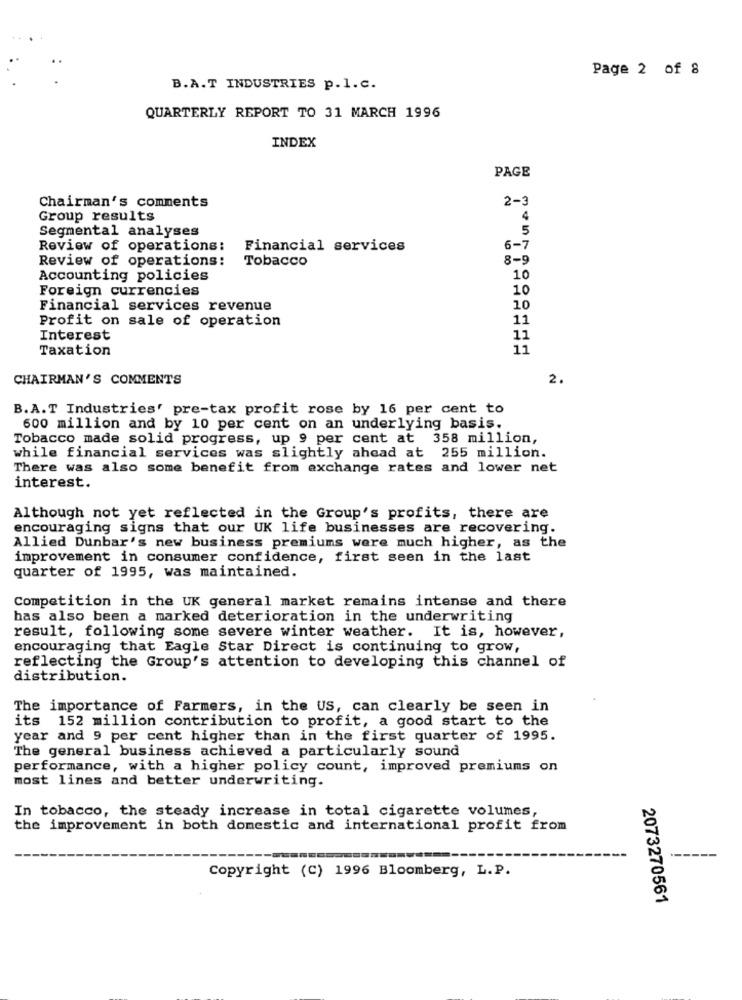
Page 2 of 8
B.A.T INDUSTRIES p.l.c.
QUARTERLY REPORT TO 31 MARCH 1996
INDEX
PAGE
2-3
Chairman's comments
Group results
4
Segmental analyses
5
Review of operations:
Financial services
6-7
Review of operations:
Tobacco
8-5
Accounting policies
10
Foreign currencies
10
Financial services revenue
10
Profit on sale of operation
11
Interest
11
Taxation
11
CHAIRMAN'S COMMENTS
2.
B.A.T Industries' pre-tax profit rose by 16 per cent to
600 million and by 10 per cent on an underlying basis.
Tobacco made solid progress, up 9 per cent at 358 million,
while financial services was slightly ahead at 255 million.
There was also some benefit from exchange rates and lower net
interest.
Although not yet reflected in the Group's profits, there are
encouraging signs that our UK life businesses are recovering.
Allied Dunbar's new business premiums were much higher, as the
improvement in consumer confidence, first seen in the last
quarter of 1995, was maintained.
Competition in the UK general market remains intense and there
has also been a marked deterioration in the underwriting
result, following some severe winter weather. It is, however,
encouraging that Eagle Star Direct is continuing to grow,
reflecting the Group's attention to developing this channel of
distribution.
The importance of Farmers, in the US, can clearly be seen in
its 152 million contribution to profit, a good start to the
year and 9 per cent higher than in the first quarter of 1995.
The general business achieved a particularly sound
performance, with a higher policy count, improved premiums on
most lines and better underwriting.
In tobacco, the steady increase in total cigarette volumes,
the improvement in both domestic and international profit from
Copyright (C) 1996 Bloomberg, L.P.
2073270561